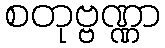
စတုဗ္ဗဏ္ဏာ